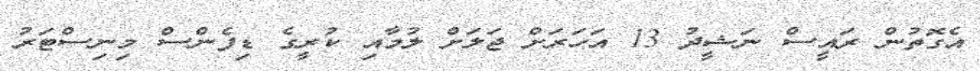
އެގޮތުން ރައީސް ނަޝީދު 13 އަހަރަށް ޖަލަށް ލުމާއި ކުރީގެ ޑިފެންސް މިނިސްޓަރު